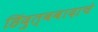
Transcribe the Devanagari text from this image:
हिंदुत्ववादाचे